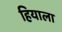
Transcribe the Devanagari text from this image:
हियाला